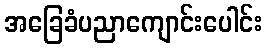
အခြေခံပညာကျောင်းပေါင်း